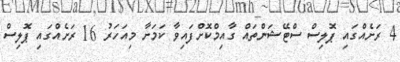
4 ރަށެއްގައި ޕޮލިސް ސްޓޭޝަންތައް ގާއިމްކޮށްފައިވާ ކަމަށާ މިއަހަރު 16 ރަށެއްގައި ޕޮލިސް